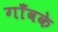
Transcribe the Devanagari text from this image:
गाँवके